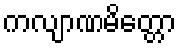
ကလျာဏမိတ္တော